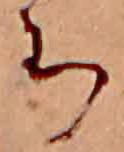
ち